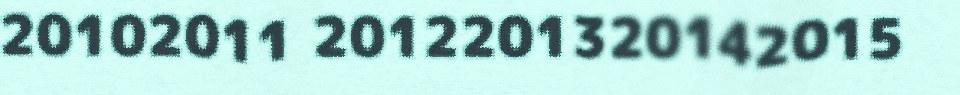
20102011 2012201320142015